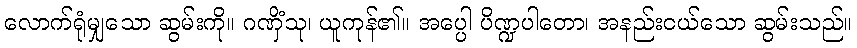
လောက်ရုံမျှသော ဆွမ်းကို။ ဂဏှိံသု၊ ယူကုန်၏။ အပ္ပေါ ပိဏ္ဍပါတော၊ အနည်းငယ်သော ဆွမ်းသည်။